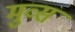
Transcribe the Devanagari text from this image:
मुव्स